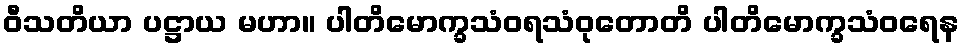
ဝီသတိယာ ပဋ္ဌာယ မဟာ။ ပါတိမောက္ခသံဝရသံဝုတောတိ ပါတိမောက္ခသံဝရေန